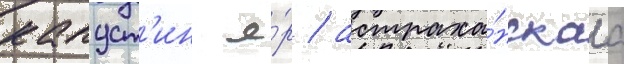
капуст'ин я́р / астраха́нскаа